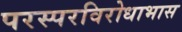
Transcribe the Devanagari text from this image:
परस्परविरोधाभास